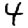
Digit: 4